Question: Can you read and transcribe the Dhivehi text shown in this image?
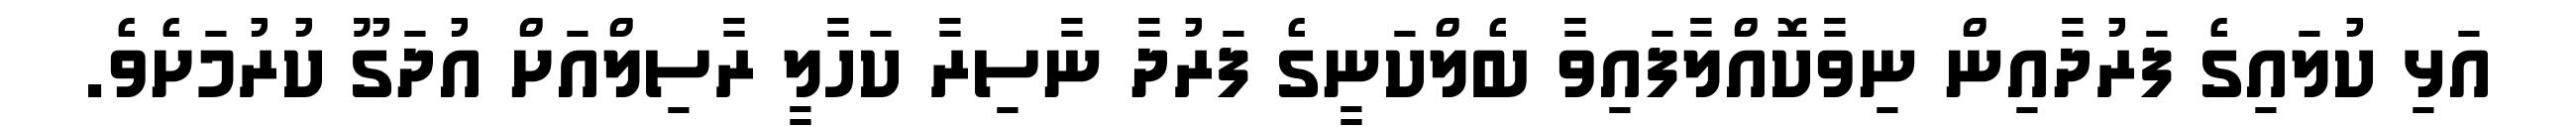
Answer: އަޅި ކުލައިގެ ފަރުދާއިން ނިވާކޮއްލާފައިވާ ބެލްކަނީގެ ފަރުދާ ނާސިރާ ކަހާލީ ރާސިލްއަށް އުދަގޫ ކުރުމަށެވެ.